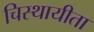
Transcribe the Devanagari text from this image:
चिस्थायीता